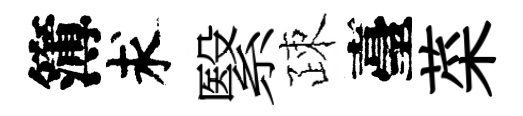
簿求繄疎臺菜